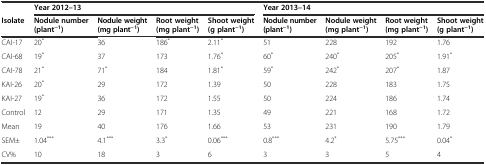
|  | <COLSPAN=4> Year 2012–13 | <COLSPAN=4> Year 2013–14 |
 | Isolate | Nodule number (plant−1) | Nodule weight (mg plant−1) | Root weight (mg plant−1) | Shoot weight (g plant−1) | Nodule number (plant−1) | Nodule weight (mg plant−1) | Root weight (mg plant−1) | Shoot weight (g plant−1) |
 | --- | --- | --- | --- | --- | --- | --- | --- | --- |
 | CAI-17 | 20* | 36 | 186* | 2.11* | 51 | 228 | 192 | 1.76 |
 | CAI-68 | 19* | 37 | 173 | 1.76* | 60* | 240* | 205* | 1.91* |
 | CAI-78 | 21* | 71* | 184 | 1.81* | 59* | 242* | 207* | 1.87 |
 | KAI-26 | 20* | 29 | 172 | 1.39 | 50 | 228 | 183 | 1.75 |
 | KAI-27 | 19* | 36 | 172 | 1.55 | 50 | 224 | 186 | 1.74 |
 | Control | 12 | 29 | 171 | 1.35 | 49 | 221 | 168 | 1.72 |
 | Mean | 19 | 40 | 176 | 1.66 | 53 | 231 | 190 | 1.79 |
 | SEM± | 1.04*** | 4.1*** | 3.3* | 0.06*** | 0.8*** | 4.2* | 5.75*** | 0.04* |
 | CV% | 10 | 18 | 3 | 6 | 3 | 3 | 5 | 4 |